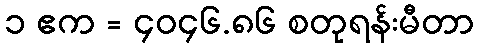
၁ ဧက = ၄၀၄၆.၈၆ စတုရန်းမီတာ